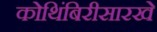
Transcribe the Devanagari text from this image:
कोथिंबिरीसारखे